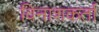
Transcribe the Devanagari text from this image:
विनाशकर्ता